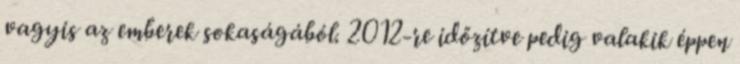
vagyis az emberek sokaságából. 2012-re időzítve pedig valakik éppen